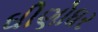
ઘીણોધર